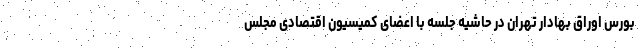
بورس اوراق بهادار تهران در حاشیه جلسه با اعضای کمیسیون اقتصادی مجلس